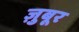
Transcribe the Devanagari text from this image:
ज़ुबूर